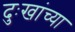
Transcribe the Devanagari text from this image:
दुःखांच्या